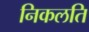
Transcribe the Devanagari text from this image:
निकलति